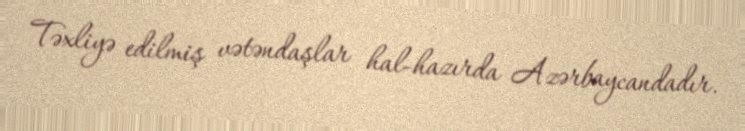
Təxliyə edilmiş vətəndaşlar hal-hazırda Azərbaycandadır.